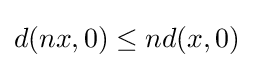
d(nx,0)\leq nd(x,0)